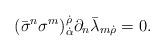
LaTeX: \begin{align*}(\bar{\sigma}^{n}\sigma^{m})^{\dot{\rho}}_{\dot{\alpha}}\partial_{n}\bar{\lambda}_{m \dot{\rho}} = 0 . \end{align*}